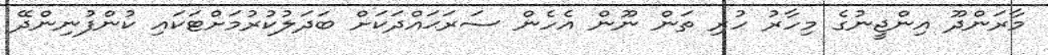
މާރަންދޫ އިންޖީނުގެ މިހާރު ހުރި ތަން ނޫން އެހެން ސަރަޙައްދަކަށް ބަދަލުކުރުމަށްޓަކައި ކުންފުނިންދޭ